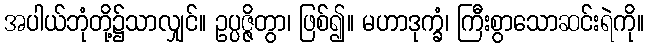
အပါယ်ဘုံတို့၌သာလျှင်။ ဥပ္ပဇ္ဇိတွာ၊ ဖြစ်၍။ မဟာဒုက္ခံ၊ ကြီးစွာသောဆင်းရဲကို။